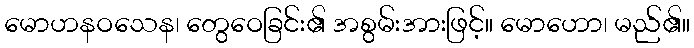
မောဟနဝသေန၊ တွေဝေခြင်း၏ အစွမ်းအားဖြင့်။ မောဟော၊ မည်၏။